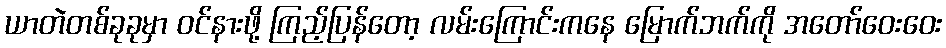
ယာတဲတစ်ခုခုမှာ ဝင်နားဖို့ ကြည့်ပြန်တော့ လမ်းကြောင်းကနေ မြောက်ဘက်ကို အတော်ဝေးဝေး